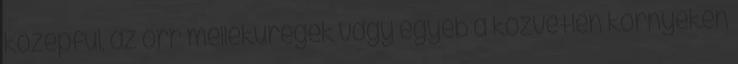
középfül, az orr melléküregek vagy egyéb a közvetlen környéken